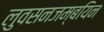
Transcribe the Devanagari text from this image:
लुवसनजम्बयिन